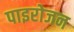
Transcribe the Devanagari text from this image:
पाइरोजन